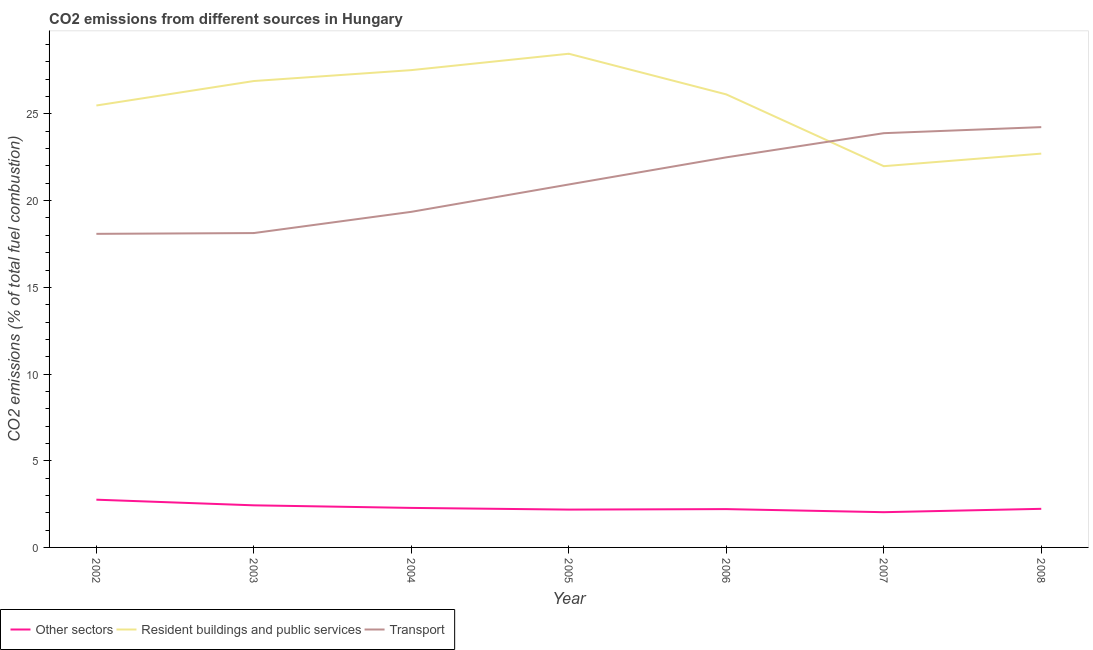
| Year | Other sectors | Resident buildings and public services | Transport |
 | --- | --- | --- | --- |
 | 2002 | 2.75 | 25.5 | 18.1 |
 | 2003 | 2.43 | 26.9 | 18.1 |
 | 2004 | 2.28 | 27.5 | 19.4 |
 | 2005 | 2.18 | 28.5 | 20.9 |
 | 2006 | 2.21 | 26.1 | 22.5 |
 | 2007 | 2.03 | 22 | 23.9 |
 | 2008 | 2.23 | 22.7 | 24.2 |